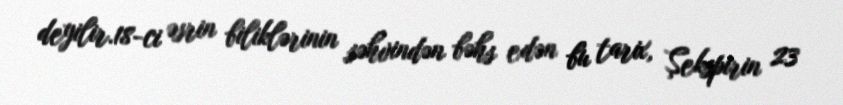
deyilir.18-ci əsrin biliklərinin səhvindən bəhs edən bu tarix, Şekspirin 23